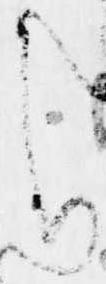
ち